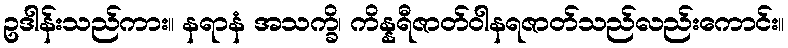
ဥဒါန်းသည်ကား။ နရာနံ အသက္ခိ၊ ကိန္နရီဇာတ်ဝါနရဇာတ်သည်လည်းကောင်း။